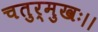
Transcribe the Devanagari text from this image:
चतुर्मुखः।।